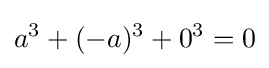
a^{3}+(-a)^{3}+0^{3}=0